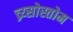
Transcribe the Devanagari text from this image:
च्र्य्सोस्तोम